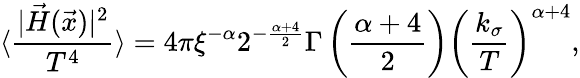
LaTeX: \langle\frac{|\vec{H}(\vec{x})|^{2}}{T^{4}}\rangle=4\pi\xi^{-\alpha}2^{-\frac{\alpha+4}{2}}\Gamma\left(\frac{\alpha+4}{2}\right)\left(\frac{k_{\sigma}}{T}\right)^{\alpha+4},